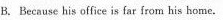
B. Because his office is far from his home.